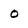
Character: 0